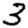
Digit: 3